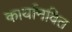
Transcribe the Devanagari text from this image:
कार्यानवित